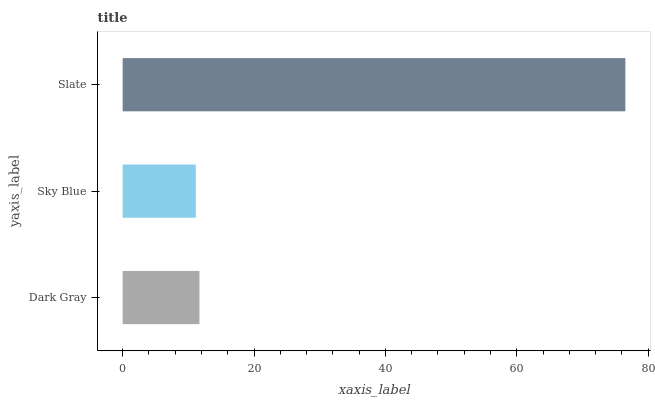
| yaxis_label | bars |
 | --- | --- |
 | Dark Gray | 11.7 |
 | Sky Blue | 11.1 |
 | Slate | 76.5 |